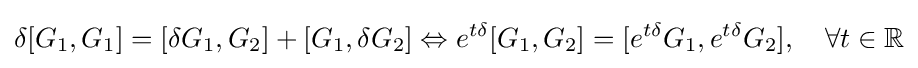
\delta [G_{1},G_{1}]=[\delta G_{1},G_{2}]+[G_{1},\delta G_{2}]\Leftrightarrow e^{t\delta }[G_{1},G_{2}]=[e^{t\delta }G_{1},e^{t\delta }G_{2}],\quad \forall t\in \mathbb {R}